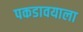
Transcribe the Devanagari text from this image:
पकडावयाला